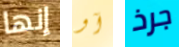
إنها آو جرذ